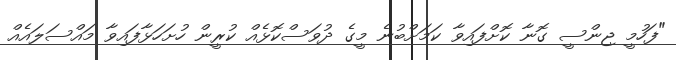
"ފަހުމީ ޖިންސީ ގޮނާ ކޮށްފައިވާ ކަމަށްބުނެ މީގެ ދުވަސްކޮޅެއް ކުރީން ހުށަހަޅާފައިވާ މައްސަލައެއް